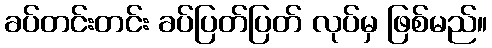
ခပ်တင်းတင်း ခပ်ပြတ်ပြတ် လုပ်မှ ဖြစ်မည်။